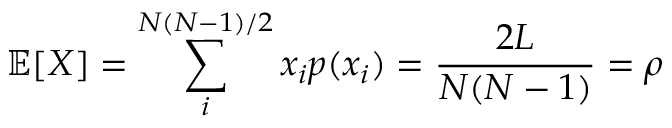
\mathbb { E } [ X ] = \sum _ { i } ^ { N ( N - 1 ) / 2 } x _ { i } p ( x _ { i } ) = \frac { 2 L } { N ( N - 1 ) } = \rho